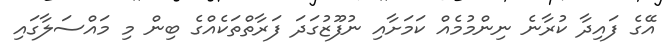
އޭގެ ފައިދާ ކުރާނެ ނިންމުމެއް ކަމަށާއި ނުފޫޒުގަދަ ފަރާތްތަކެއްގެ ބިން މި މައްސަލާގައި